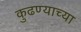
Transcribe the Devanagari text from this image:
कुढण्याच्या